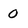
Character: 0